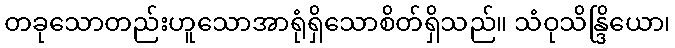
တခုသောတည်းဟူသောအာရုံရှိသောစိတ်ရှိသည်။ သံဝုသိန္ဒြိယော၊